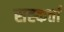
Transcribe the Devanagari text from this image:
सह्कर्ता